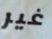
غير